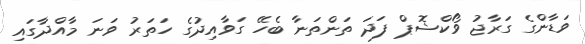
ވަޑާންގެ ގަރާޖު ވޯކްޝޮޕް ފަދަ ތަންތަނާ ބެހޭ ގަވާއިދުގެ ހަތަރު ވަނަ މާއްދާގައި